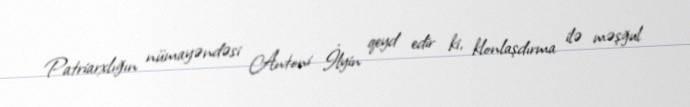
Patriarxlığın nümayəndəsi Antoni İlyin qeyd edir ki, klonlaşdırma ilə məşğul